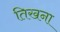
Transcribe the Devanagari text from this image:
तिखना